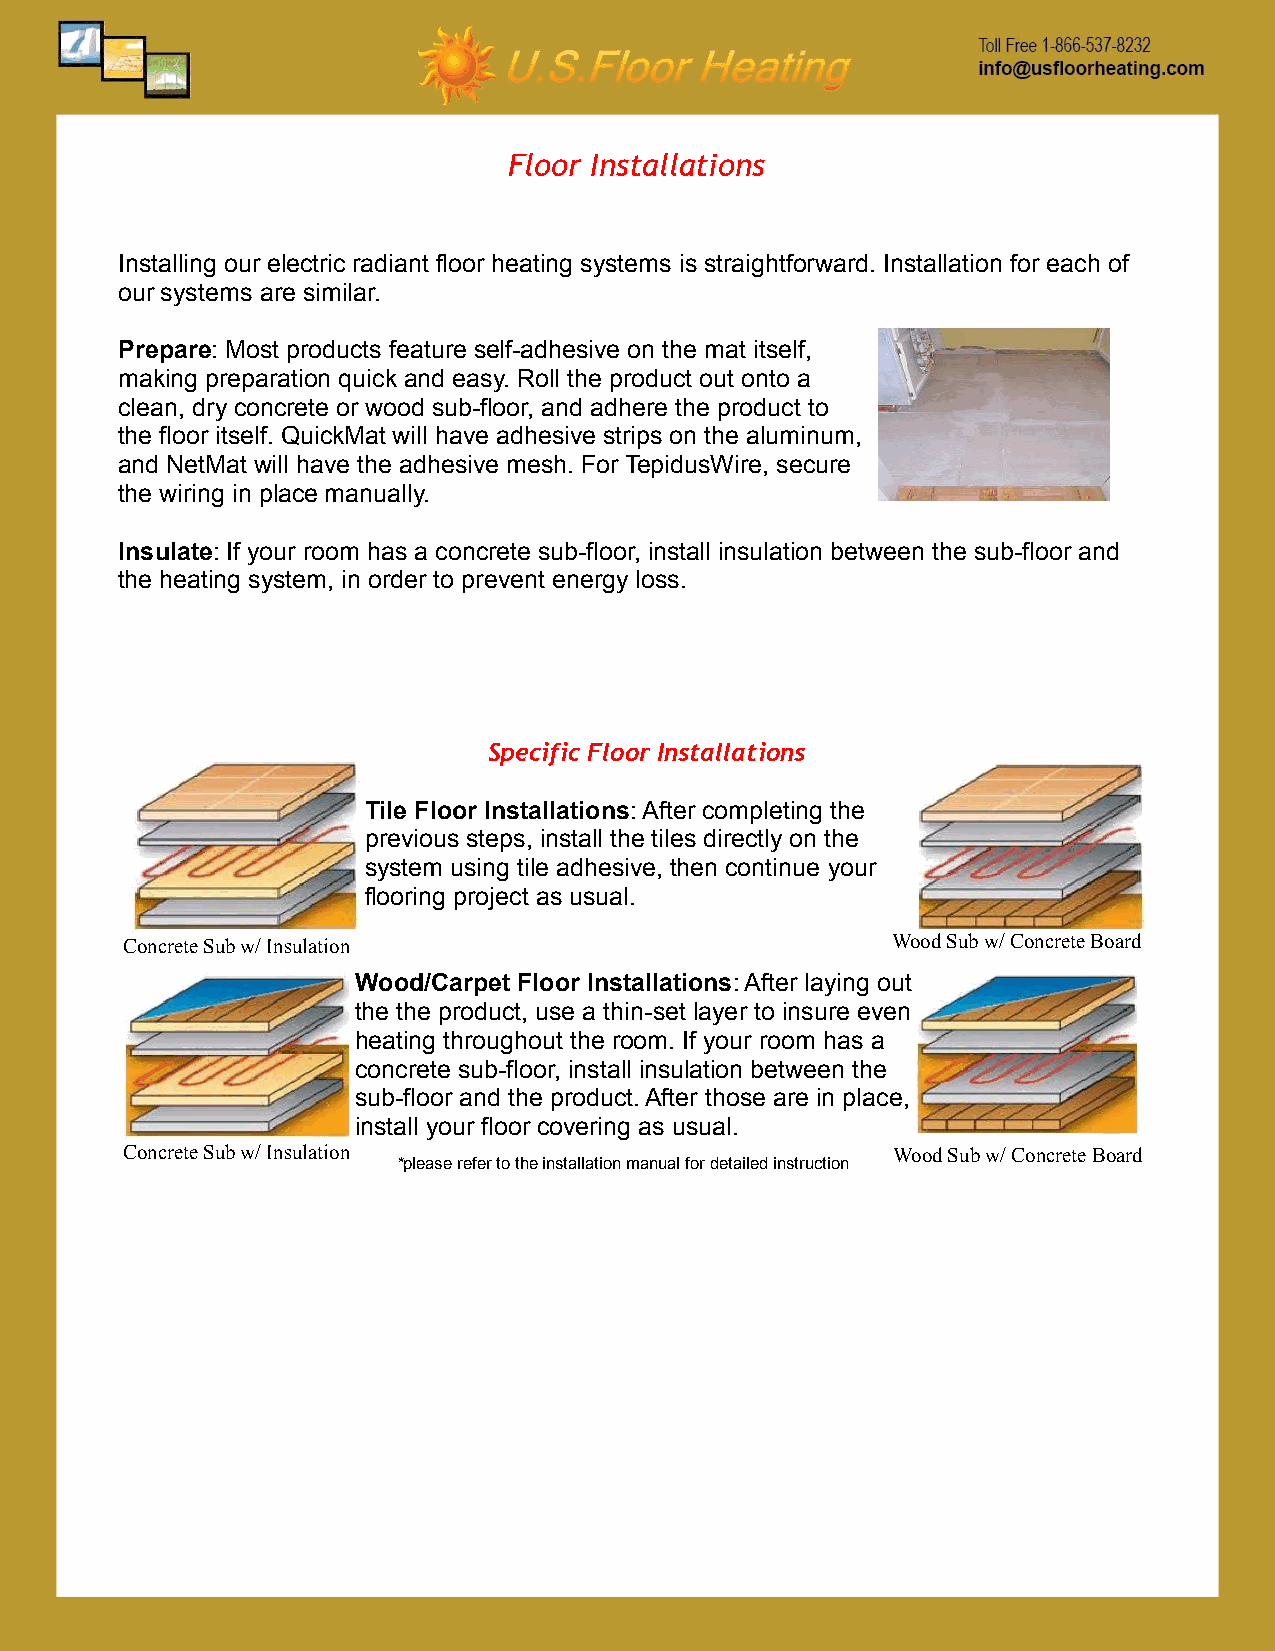
Floor Installations
 Installing our electric radiant floor heating systems is straightforward. Installation for each of
 our systems are similar.
 Prepare: Most products feature self-adhesive on the mat itself,
 making preparation quick and easy. Roll the product out onto a
 clean, dry concrete or wood sub-floor, and adhere the product to
 the floor itself. QuickMat will have adhesive strips on the aluminum,
 and NetMat will have the adhesive mesh. For TepidusWire, secure
 the wiring in place manually.
 Insulate: If your room has a concrete sub-floor, install insulation between the sub-floor and
 the heating system, in order to prevent energy loss.
 Specific Floor Installations
 Tile Floor Installations: After completing the
 previous steps, install the tiles directly on the
 system using tile adhesive, then continue your
 flooring project as usual.
 Concrete Sub w/ Insulation                         Wood Sub w/ Concrete Board
 Wood/Carpet Floor Installations: After laying out
 the the product, use a thin-set layer to insure even
 heating throughout the room. If your room has a
 concrete sub-floor, install insulation between the
 sub-floor and the product. After those are in place,
 install your floor covering as usual.
 Concrete Sub w/ Insulation                         Wood Sub w/ Concrete Board
 *please refer to the installation manual for detailed instruction